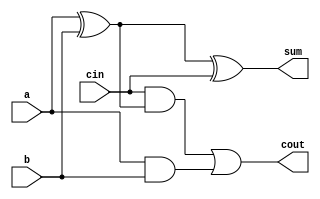
module fulladds(a,b,cin,sum,cout);
input a,b,cin;
output sum,cout;
wire c1,c2,c3;
xor x1(c1,a,b);
xor x2(sum,c1,cin);
and a1(c2,a,b);
and a2(c3,cin,c1);
or o1(cout,c3,c2);
endmodule


module fulladds_tb;
wire sum,cout;
reg a,b,cin;
fulladds f1(a,b,cin,sum,cout);
integer i;
initial
begin
for(i=0;i<8;i=i+1)
begin
#2 {a,b,cin}=i;
end
end
endmodule